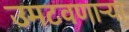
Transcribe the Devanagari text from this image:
उमटवणाऱ्या